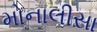
મોનાલીસા